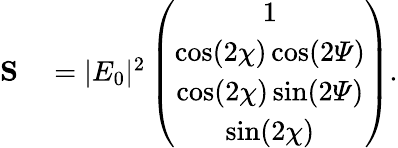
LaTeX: \begin{array}{rl}{{\mathbf S}}&{{}=|E_{0}|^{2}\left(\begin{array}{c}{1}\\ {\cos(2\chi)\cos(2{\mathit\Psi})}\\ {\cos(2\chi)\sin(2{\mathit\Psi})}\\ {\sin(2\chi)}\end{array}\right).}\end{array}